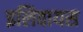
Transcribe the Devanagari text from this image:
इलिवायस